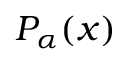
P _ { \alpha } ( x )